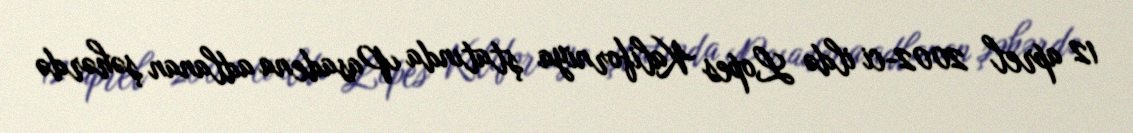
12 aprel 2002-ci ildə Lopes Kaliforniya ştatında Pasadena adlanan şəhərdə